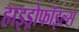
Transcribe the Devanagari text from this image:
हाइड्रोफॉइल्स